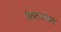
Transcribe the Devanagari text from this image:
शेवटपर्यंतचा